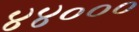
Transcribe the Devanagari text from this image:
४४०००